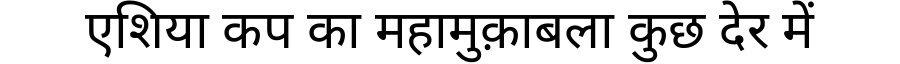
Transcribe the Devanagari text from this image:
एशिया कप का महामुक़ाबला कुछ देर में